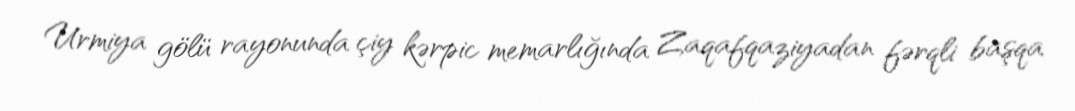
Urmiya gölü rayonunda çiy kərpic memarlığında Zaqafqaziyadan fərqli başqa